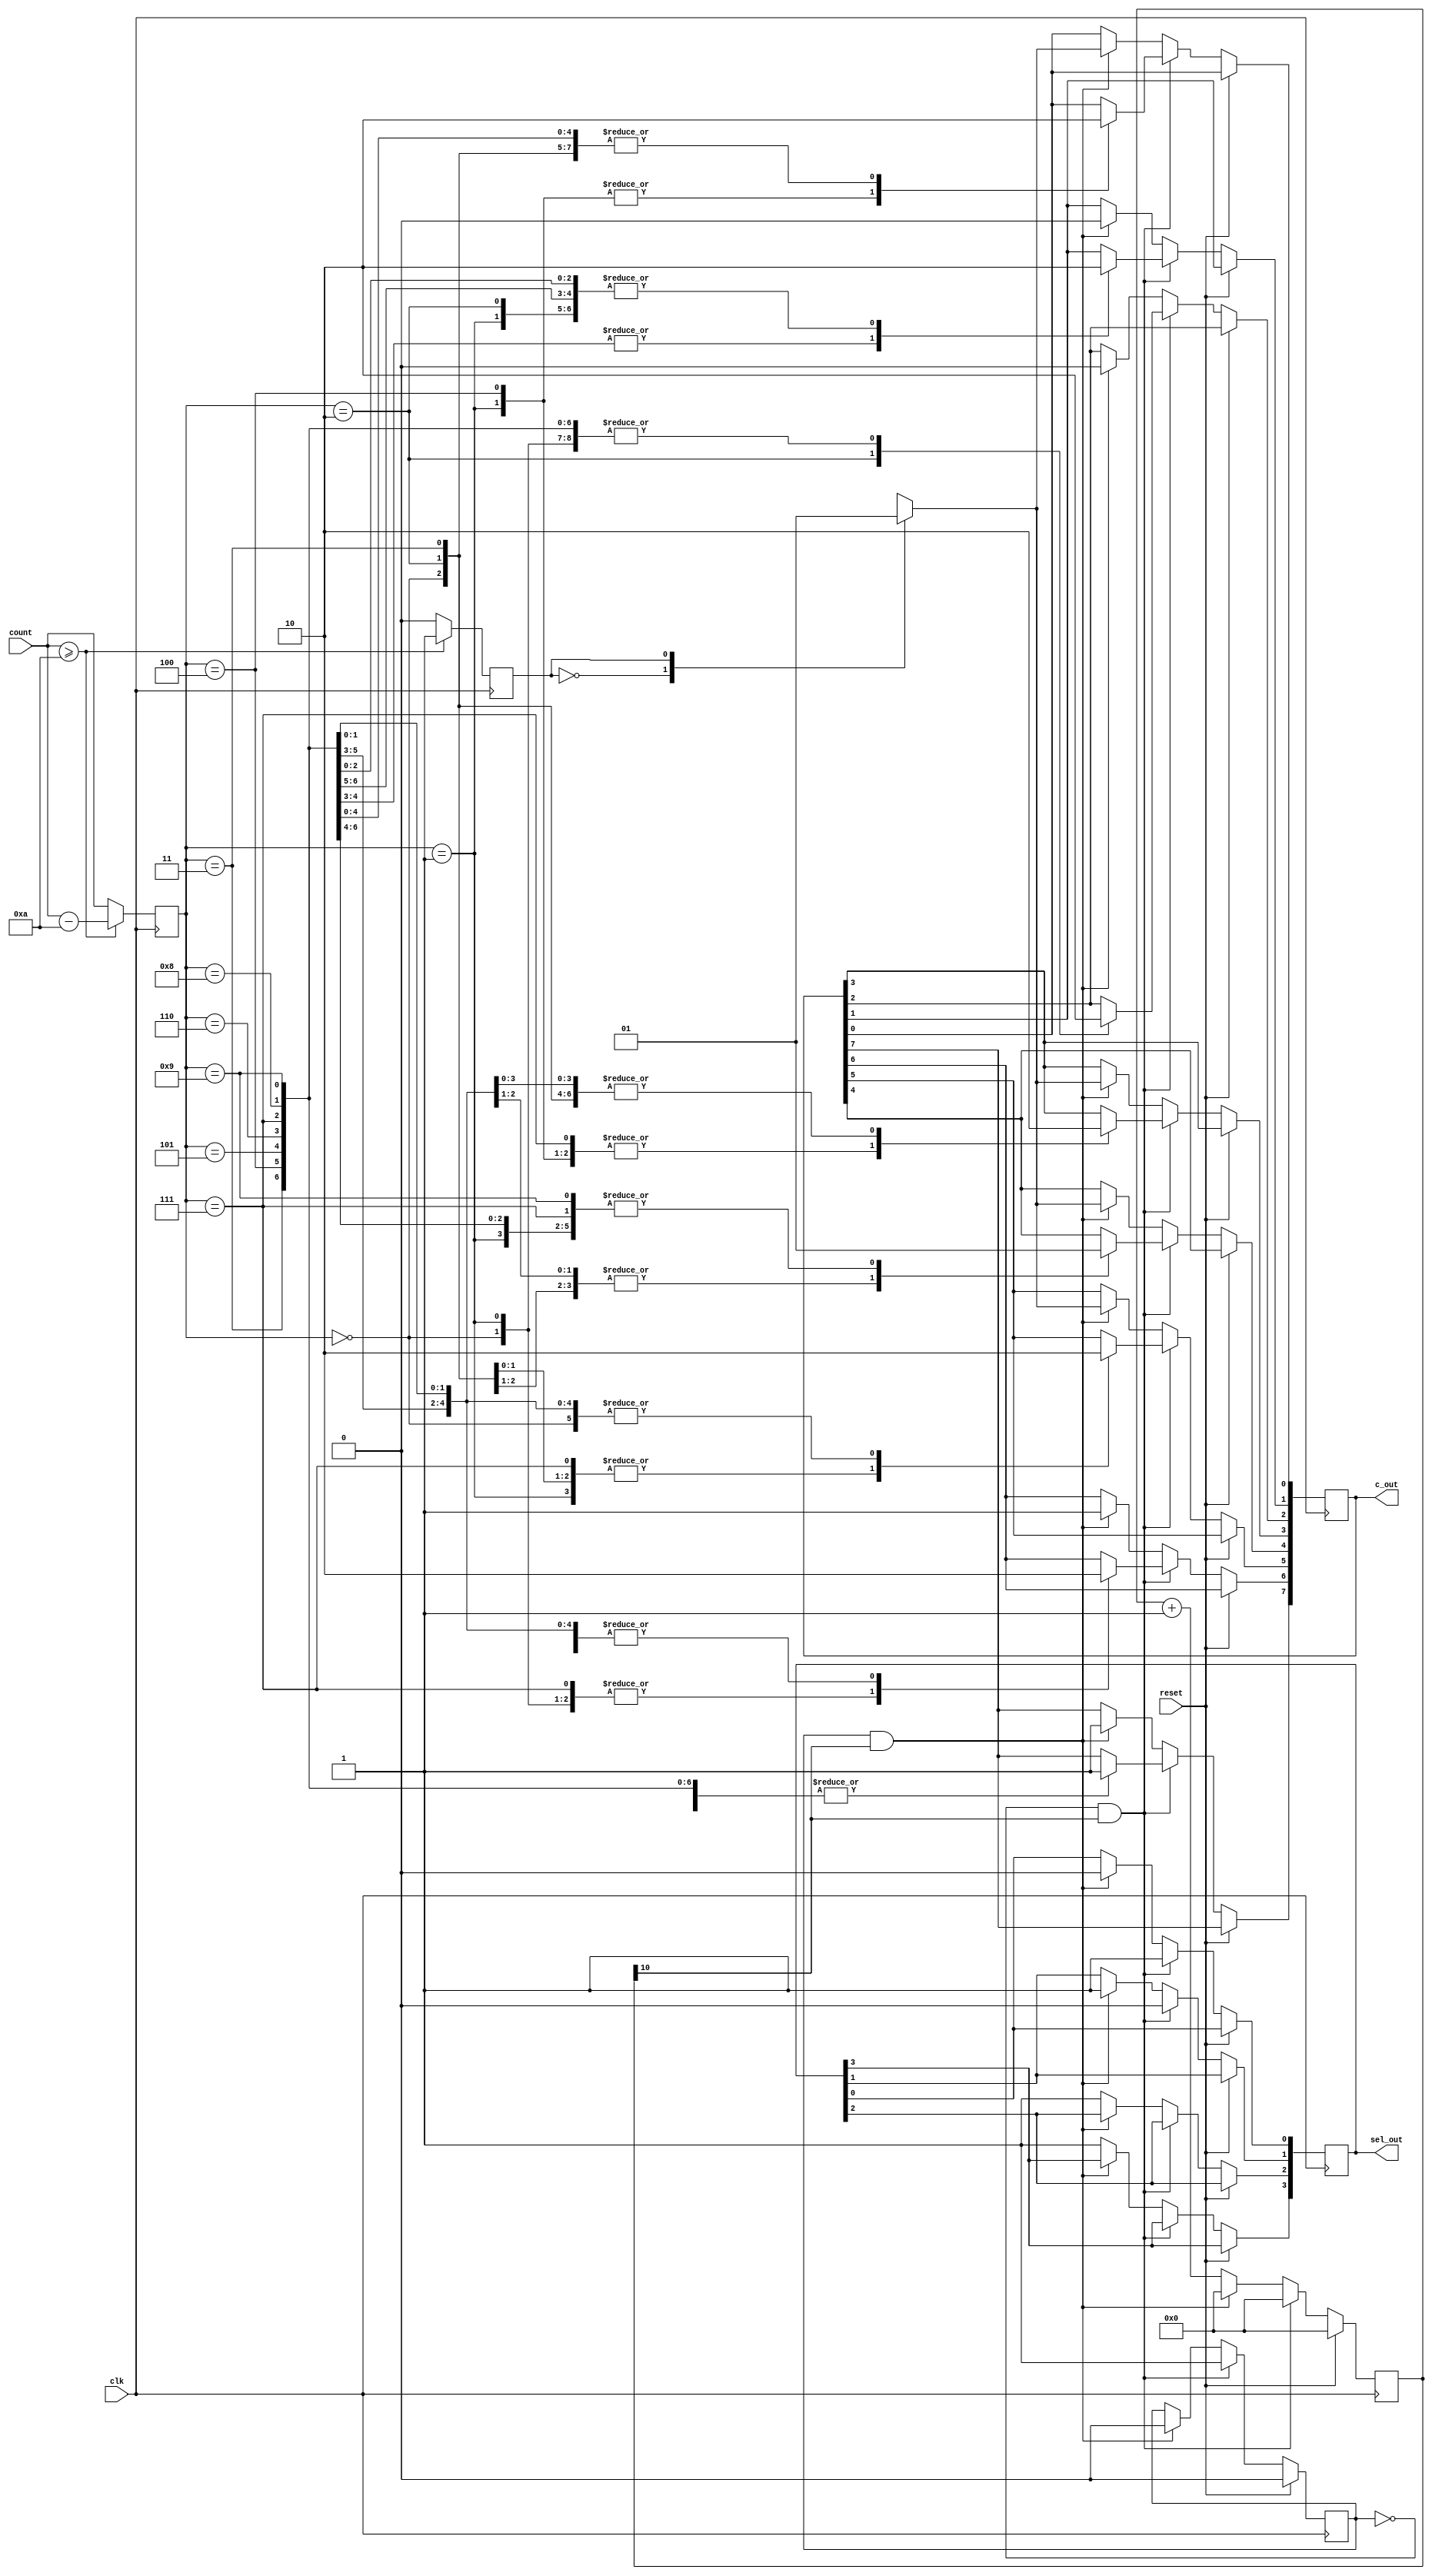
module decoder( reset, count, clk , c_out, sel_out);

input [3:0] count;
input clk, reset;

output [7:0] c_out;
output [3:0] sel_out;


reg  [7:0] c_out;
reg [3:0] sel_out;

reg[3:0] fst;
reg sec, check;

reg [10 :0] st_change;

always @ (posedge clk)
begin
	if (count  >= 10)
  	  begin
    		  fst <= count - 10;
     		 sec <= 1;			 
  	end 
else 
  begin
  sec <= 0;
  fst <= count;
end





end
always @ (posedge clk)
begin
  if (reset == 1)
    begin
		check <= 0 ;
		st_change <= 0;
    end
 
	 
	
  else if (check  == 0 && st_change[10] == 1)
    
    begin
      sel_out[0] <= 1;
		sel_out[1] <= 0;
      check <= 1;
	  st_change <= 0;
      
      case (fst)
        4'b0000 : begin
          c_out[0] <= 0;
          c_out[1] <= 0;
          c_out[2] <= 0;
          c_out[3] <= 0;
          c_out[4] <= 0;
          c_out[5] <= 0;
          c_out[6] <= 1;
          c_out[7] <= 1;
        end
        
        4'b0001 : begin
          c_out[0] <= 1;
          c_out[1] <= 0;
          c_out[2] <= 0;
          c_out[3] <= 1;
          c_out[4] <= 1;
          c_out[5] <= 1;
          c_out[6] <= 1;
          c_out[7] <= 1;
        end
        
        4'b0010 : begin
          c_out[0] <= 0;
          c_out[1] <= 0;
          c_out[2] <= 1;
          c_out[3] <= 0;
          c_out[4] <= 0;
          c_out[5] <= 1;
          c_out[6] <= 0;
          c_out[7] <= 1;
        end
        
        4'b0011 : begin
          c_out[0] <= 0;
          c_out[1] <= 0;
          c_out[2] <= 0;
          c_out[3] <= 0;
          c_out[4] <= 1;
          c_out[5] <= 1;
          c_out[6] <= 0;
          c_out[7] <= 1;
        end
        
        4'b0100 : begin
          c_out[0] <= 1;
          c_out[1] <= 0;
          c_out[2] <= 0;
          c_out[3] <= 1;
          c_out[4] <= 1;
          c_out[5] <= 0;
          c_out[6] <= 0;
          c_out[7] <= 1;
        end
        
        4'b0101 : begin
          c_out[0] <= 0;
          c_out[1] <= 1;
          c_out[2] <= 0;
          c_out[3] <= 0;
          c_out[4] <= 1;
          c_out[5] <= 0;
          c_out[6] <= 0;
          c_out[7] <= 1;
        end
        
        4'b0110 : begin
          c_out[0] <= 0;
          c_out[1] <= 1;
          c_out[2] <= 0;
          c_out[3] <= 0;
          c_out[4] <= 0;
          c_out[5] <= 0;
          c_out[6] <= 0;
          c_out[7] <= 1;
        end
        
        4'b0111 : begin
          c_out[0] <= 0;
          c_out[1] <= 0;
          c_out[2] <= 0;
          c_out[3] <= 1;
          c_out[4] <= 1;
          c_out[5] <= 1;
          c_out[6] <= 1;
          c_out[7] <= 1;
        end
        
        4'b1000 : begin
          c_out[0] <= 0;
          c_out[1] <= 0;
          c_out[2] <= 0;
          c_out[3] <= 0;
          c_out[4] <= 0;
          c_out[5] <= 0;
          c_out[6] <= 0;
          c_out[7] <= 1;
        end
       4'b1001 : begin
          c_out[0] <= 0;
          c_out[1] <= 0;
          c_out[2] <= 0;
          c_out[3] <= 0;
          c_out[4] <= 1;
          c_out[5] <= 0;
          c_out[6] <= 0;
          c_out[7] <= 1;
        end
  endcase 
  
end

  else if(check == 1 &&  st_change[10] == 1)
  begin
   // sel_out <= 4'b1101;
	sel_out[0] <= 0;
	sel_out[1] <= 1;
	 check <= 0;
     st_change <= 0; 
      case (sec)
        0 : begin
           c_out[0] <= 0;
          c_out[1] <= 0;
          c_out[2] <= 0;
          c_out[3] <= 0;
          c_out[4] <= 0;
          c_out[5] <= 0;
          c_out[6] <= 1;
          c_out[7] <= 1;
        end
        
        1 : begin
          c_out[0] <= 1;
          c_out[1] <= 0;
          c_out[2] <= 0;
          c_out[3] <= 1;
          c_out[4] <= 1;
          c_out[5] <= 1;
          c_out[6] <= 1;
          c_out[7] <= 1;
        end
  endcase

  end
  else
  begin
		st_change <= st_change +1;
		sel_out[2] <= 1;
		sel_out[3] <= 1;
  end
   
end


  
  
endmodule